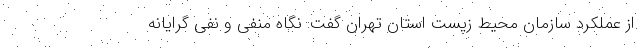
از عملکرد سازمان محیط زیست استان تهران گفت: نگاه منفی و نفی گرایانه